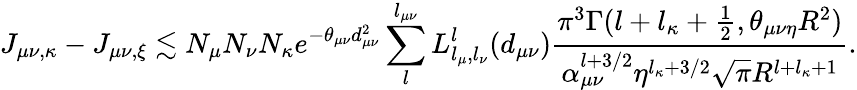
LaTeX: J_{\mu\nu,\kappa}-J_{\mu\nu,\xi}\lesssim N_{\mu}N_{\nu}N_{\kappa}e^{-\theta_{\mu\nu}d_{\mu\nu}^{2}}\sum_{l}^{l_{\mu\nu}}L_{l_{\mu},l_{\nu}}^{l}(d_{\mu\nu})\frac{\pi^{3}\Gamma(l+l_{\kappa}+\frac{1}{2},\theta_{\mu\nu\eta}R^{2})}{\alpha_{\mu\nu}^{l+3/2}\eta^{l_{\kappa}+3/2}\sqrt{\pi}R^{l+l_{\kappa}+1}}.